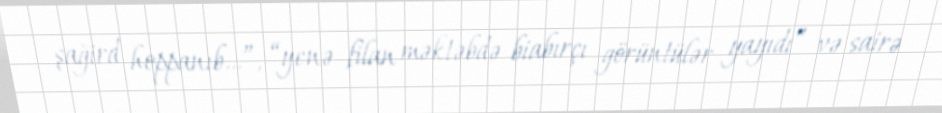
şağird hoppanıb...”, “yenə filan məktəbdə biabırçı görüntülər yayıdı” və sairə